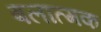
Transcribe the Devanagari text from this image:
बलात्मक